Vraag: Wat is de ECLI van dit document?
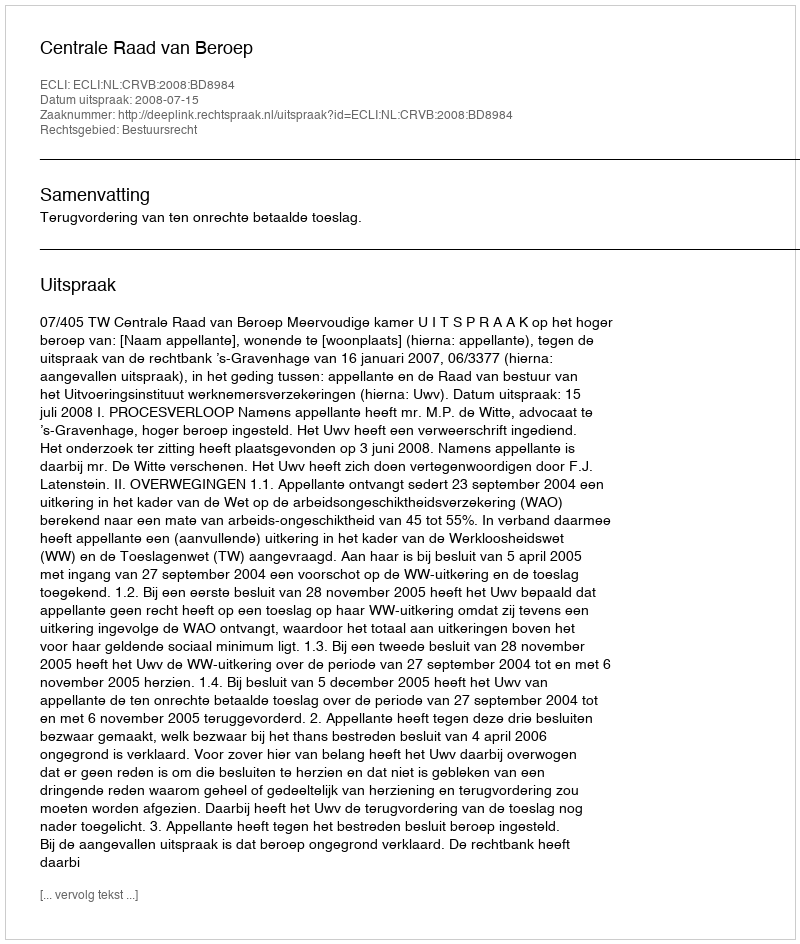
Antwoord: ECLI:NL:CRVB:2008:BD8984